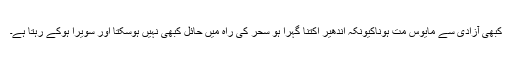
کبھی آزادی سے مایوس مت ہوناکیونکہ اندھیر اکتنا گہرا ہو سحر کی راہ میں حائل کبھی نہیں ہوسکتا اور سویرا ہوکے رہتا ہے۔